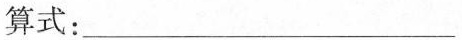
算式：____